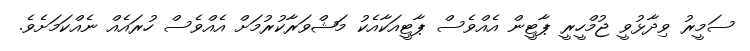
ސަމީރު ވިދާޅުވީ ޖުމްހީރީ ޕާޓީން އެއްވެސް ޕާޓީއަކާއެކު މަޝްވަރާކުރުމަށް އެއްވެސް ހުރައެއް ނެއްކަމަށެވެ.